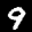
Label: 9